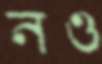
নও